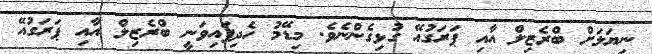
ނިޔަލަށް ބްރެޒިލް އާއި ޕަރަގުއޭ ގުޅިގެންނެވެ. މިޑޭމު ހެދިފައިވަނީ ބްރެޒިލް އާއި ޕަރަގުއޭ